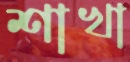
শাখা